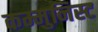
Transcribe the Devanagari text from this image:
कम्मुनिस्ट